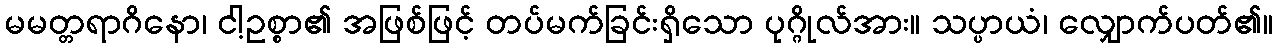
မမတ္တရာဂိနော၊ ငါ့ဥစ္စာ၏ အဖြစ်ဖြင့် တပ်မက်ခြင်းရှိသော ပုဂ္ဂိုလ်အား။ သပ္ပာယံ၊ လျှောက်ပတ်၏။